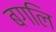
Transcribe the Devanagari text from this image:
बगलि